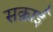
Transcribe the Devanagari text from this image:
सक़ाई